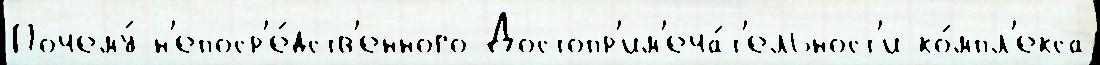
Почему́ н'епоср'е́дств'енного Достопр'им'еча́т'ельност'и ко́мпл'екса